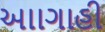
આાગાહી